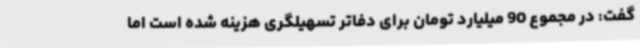
گفت: در مجموع 90 میلیارد تومان برای دفاتر تسهیلگری هزینه شده است اما